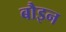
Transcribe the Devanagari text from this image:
बौइन